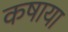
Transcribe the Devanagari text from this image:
कषाया